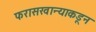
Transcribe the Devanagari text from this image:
फरासखान्याकडून